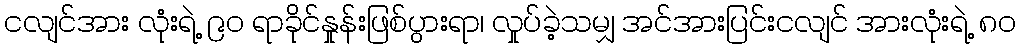
ငလျင်အား လုံးရဲ့ ၉ဝ ရာခိုင်နှုန်းဖြစ်ပွားရာ၊ လှုပ်ခဲ့သမျှ အင်အားပြင်းငလျင် အားလုံးရဲ့ ၈ဝ